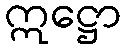
ဣဋ္ဌော